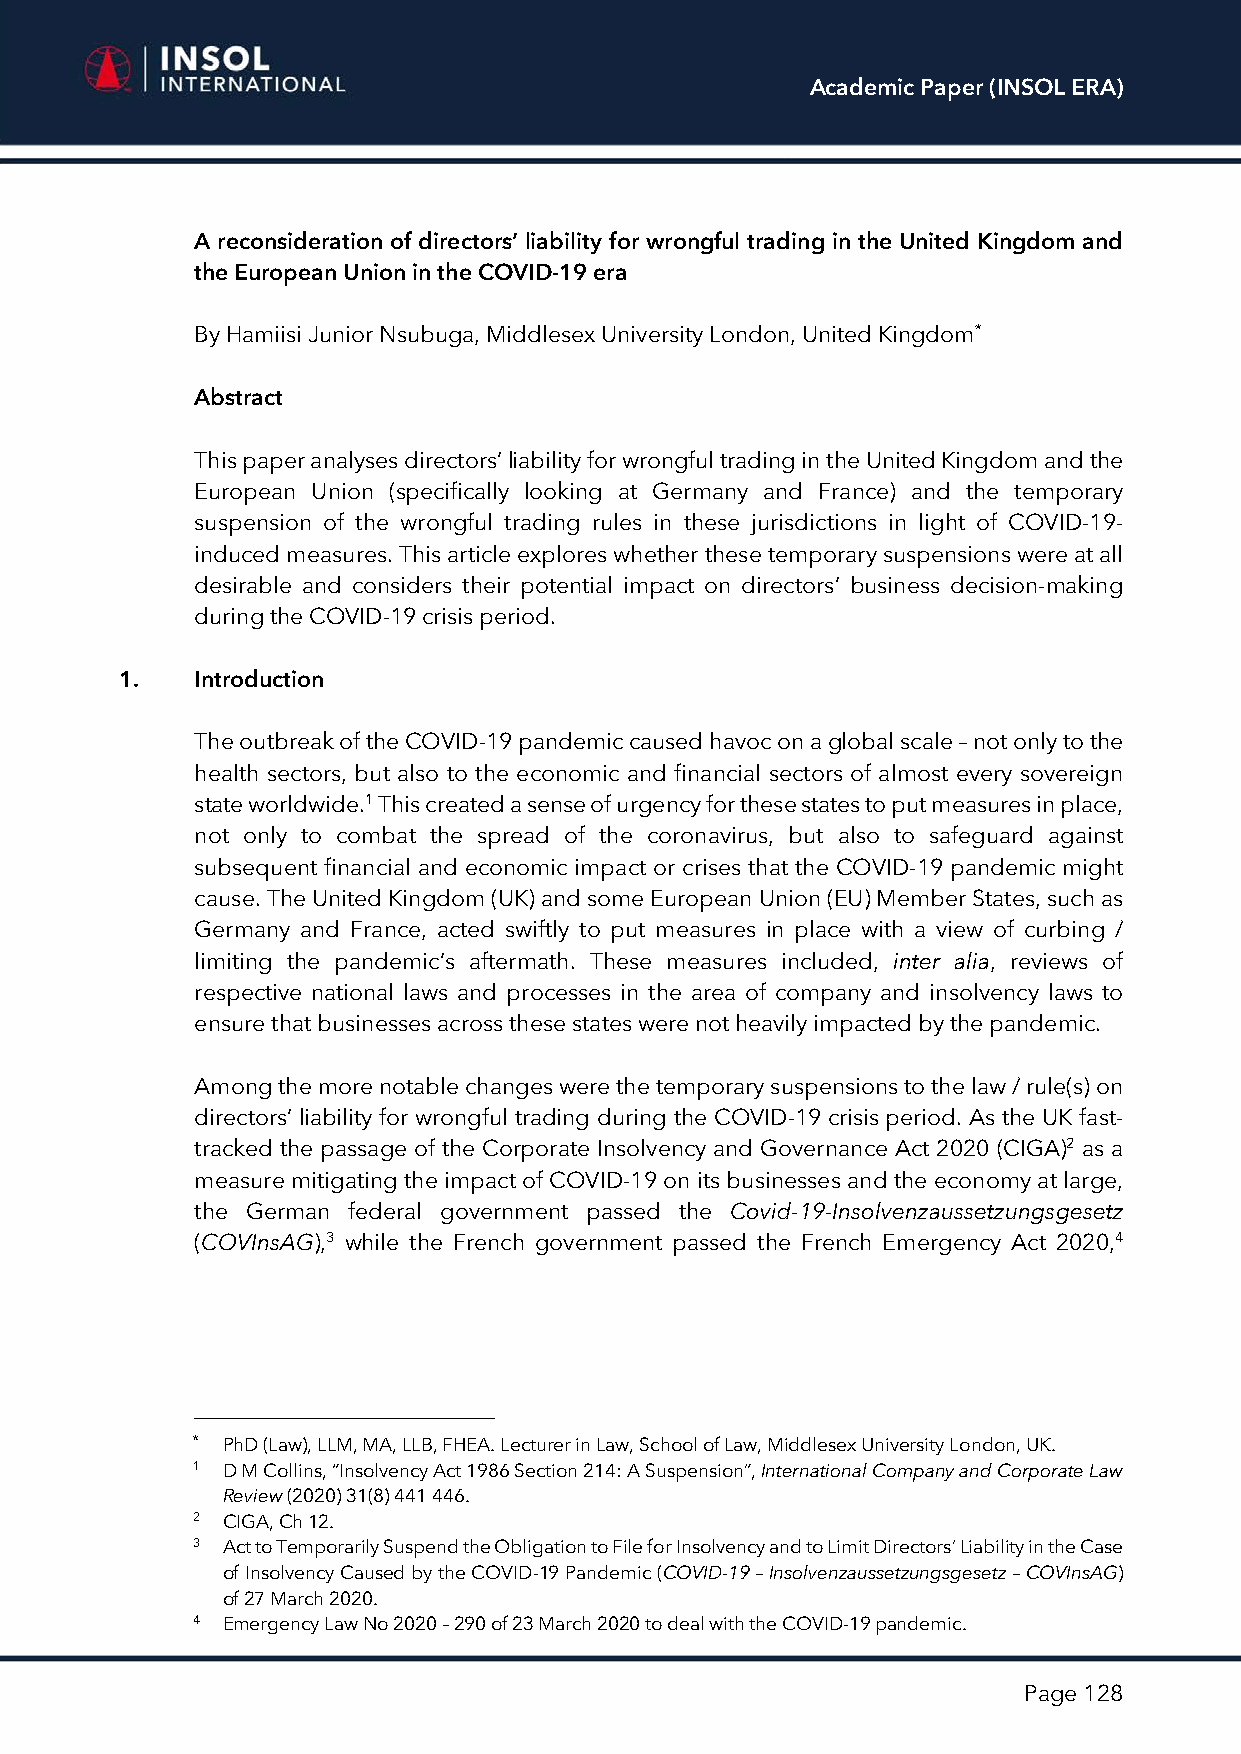
Academic Paper (INSOL ERA)
 A reconsideration of directors’ liability for wrongful trading in the United Kingdom and
 the European Union in the COVID-19 era
 By Hamiisi Junior Nsubuga, Middlesex University London, United Kingdom*
 Abstract
 This paper analyses directors’ liability for wrongful trading in the United Kingdom and the
 European Union (specifically looking at Germany and France) and the temporary
 suspension of the wrongful trading rules in these jurisdictions in light of COVID-19-
 induced measures. This article explores whether these temporary suspensions were at all
 desirable and considers their potential impact on directors’ business decision-making
 during the COVID-19 crisis period.
 1.   Introduction
 The outbreak of the COVID-19 pandemic caused havoc on a global scale – not only to the
 health sectors, but also to the economic and financial sectors of almost every sovereign
 state worldwide.1 This created a sense of urgency for these states to put measures in place,
 not only to combat the spread of the coronavirus, but also to safeguard against
 subsequent financial and economic impact or crises that the COVID-19 pandemic might
 cause. The United Kingdom (UK) and some European Union (EU) Member States, such as
 Germany and France, acted swiftly to put measures in place with a view of curbing /
 limiting the pandemic’s aftermath. These measures included, inter alia, reviews of
 respective national laws and processes in the area of company and insolvency laws to
 ensure that businesses across these states were not heavily impacted by the pandemic.
 Among the more notable changes were the temporary suspensions to the law / rule(s) on
 directors’ liability for wrongful trading during the COVID-19 crisis period. As the UK fast-
 tracked the passage of the Corporate Insolvency and Governance Act 2020 (CIGA)2 as a
 measure mitigating the impact of COVID-19 on its businesses and the economy at large,
 the German federal government passed the Covid-19-Insolvenzaussetzungsgesetz
 (COVInsAG),3 while the French government passed the French Emergency Act 2020,4
 * PhD (Law), LLM, MA, LLB, FHEA. Lecturer in Law, School of Law, Middlesex University London, UK.
 1 D M Collins, “Insolvency Act 1986 Section 214: A Suspension”, International Company and Corporate Law
 Review (2020) 31(8) 441 446.
 2 CIGA, Ch 12.
 3 Act to Temporarily Suspend the Obligation to File for Insolvency and to Limit Directors’ Liability in the Case
 of Insolvency Caused by the COVID-19 Pandemic (COVID-19 – Insolvenzaussetzungsgesetz – COVInsAG)
 of 27 March 2020.
 4 Emergency Law No 2020 – 290 of 23 March 2020 to deal with the COVID-19 pandemic.
 Page 128